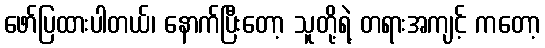
ဖော်ပြထားပါတယ်၊ နောက်ပြီးတော့ သူတို့ရဲ့ တရားအကျင့် ကတော့